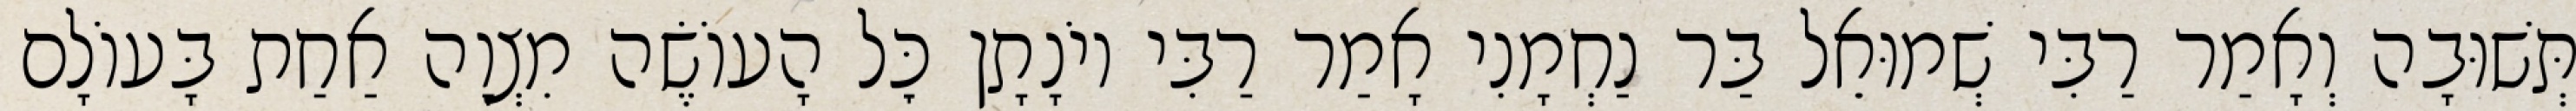
תְּשׁוּבָה וְאָמַר רַבִּי שְׁמוּאֵל בַּר נַחְמָנִי אָמַר רַבִּי יוֹנָתָן כׇּל הָעוֹשֶׂה מִצְוָה אַחַת בָּעוֹלָם